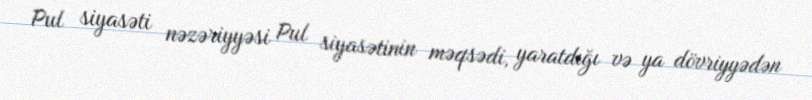
Pul siyasəti nəzəriyyəsi Pul siyasətinin məqsədi, yaratdığı və ya dövriyyədən